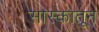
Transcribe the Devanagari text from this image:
सास्कातून